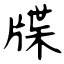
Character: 牒